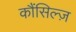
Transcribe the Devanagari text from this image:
कौंसिल्‍ज़